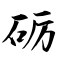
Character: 砺